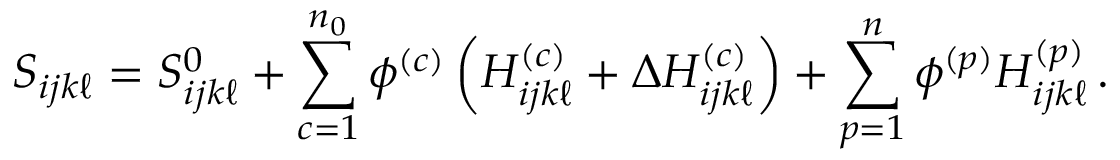
S _ { i j k \ell } = S _ { i j k \ell } ^ { 0 } + \sum _ { c = 1 } ^ { n _ { 0 } } \phi ^ { ( c ) } \left( H _ { i j k \ell } ^ { ( c ) } + \Delta H _ { i j k \ell } ^ { ( c ) } \right) + \sum _ { p = 1 } ^ { n } \phi ^ { ( p ) } H _ { i j k \ell } ^ { ( p ) } \, .